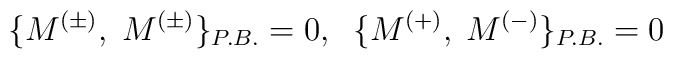
\{M^{(\pm)}, \; M^{(\pm)}\}_{P.B.}=0, \;\;  \{M^{(+)}, \; M^{(-)}\}_{P.B.}=0